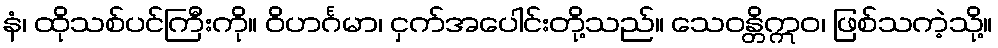
နံ၊ ထိုသစ်ပင်ကြီးကို။ ဝိဟင်္ဂမာ၊ ငှက်အပေါင်းတို့သည်။ သေဝန္တိဣဝ၊ ဖြစ်သကဲ့သို့။